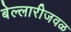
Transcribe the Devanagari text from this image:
बेल्लारीजवळ